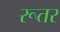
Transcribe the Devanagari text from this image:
रूतर